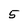
Character: 5